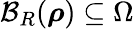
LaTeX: \mathcal{B}_{R}({\boldsymbol\rho})\subseteq\Omega